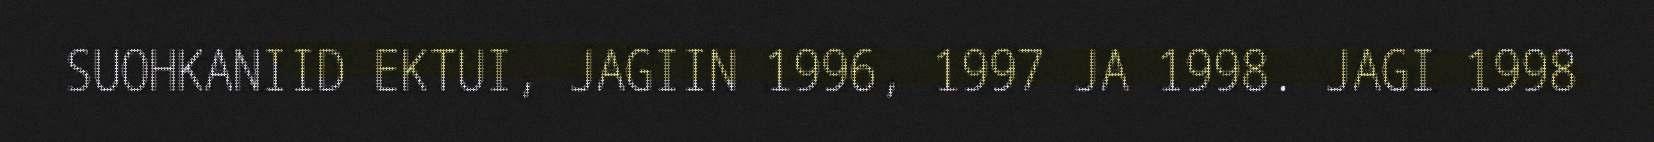
SUOHKANIID EKTUI, JAGIIN 1996, 1997 JA 1998. JAGI 1998